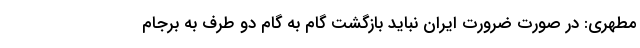
مطهری: در صورت ضرورت ایران نباید بازگشت گام به گام دو طرف به برجام